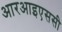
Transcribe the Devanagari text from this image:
आरआइएससी